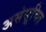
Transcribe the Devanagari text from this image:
असंसूचित